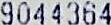
9044364